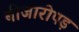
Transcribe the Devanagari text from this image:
बीजारोपड़